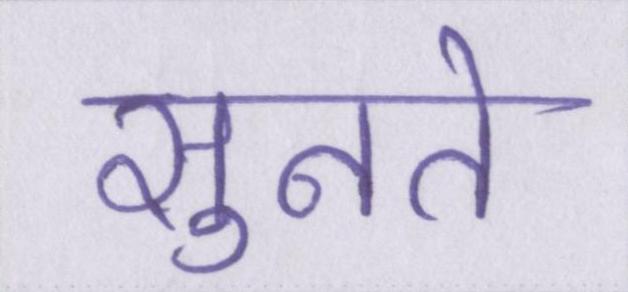
सुनते